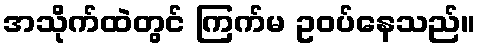
အသိုက်ထဲတွင် ကြက်မ ဥဝပ်နေသည်။